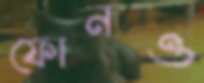
ফোনও